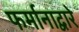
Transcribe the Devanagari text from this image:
फर्मानाद्वारे